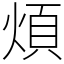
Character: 煩